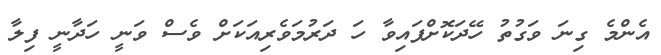
އެންމެ ގިނަ ވަގުތު ހޭދަކޮށްފައިވާ ހަ ދަރުމަވެރިއަކަށް ވެސް ވަނީ ހަދާނީ ފިލާ